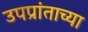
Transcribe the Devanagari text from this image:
उपप्रांताच्या